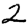
Digit: 2